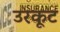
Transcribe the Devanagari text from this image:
उरकूट